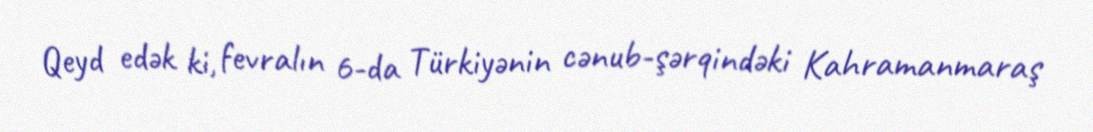
Qeyd edək ki, fevralın 6-da Türkiyənin cənub-şərqindəki Kahramanmaraş